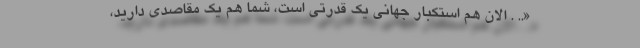
«.. . الان هم استکبار جهانى یک قدرتى است، شما هم یک مقاصدى دارید،